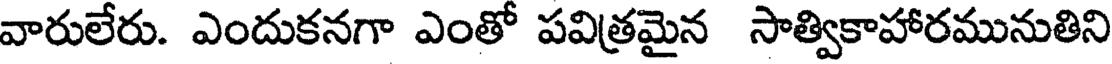
వారులేరు. ఎందుకనగా ఎంతో పవిత్రమైన సాత్వికాహారమునుతిని